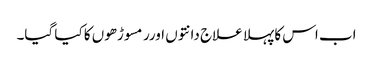
اب اس کا پہلا علاج دانتوں اورر مسوڑھوں کا کیا گیا۔